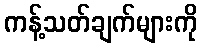
ကန့်သတ်ချက်များကို